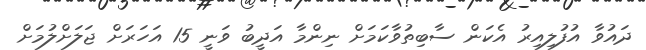
ދައުވާ އުފުލިއިރު އެކަން ސާބިތުވާކަމަށް ނިންމާ އަދީބު ވަނީ 15 އަހަރަށް ޖަލަށްލުމަށް